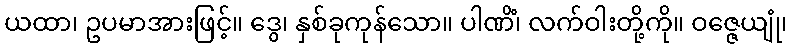
ယထာ၊ ဥပမာအားဖြင့်။ ဒွေ၊ နှစ်ခုကုန်သော။ ပါဏိံ၊ လက်ဝါးတို့ကို။ ဝဇ္ဇေယျုံ၊